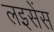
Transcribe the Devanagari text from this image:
लइसेंस